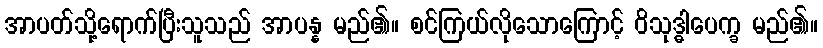
အာပတ်သို့ရောက်ပြီးသူသည် အာပန္န မည်၏။ စင်ကြယ်လိုသောကြောင့် ဝိသုဒ္ဓါပေက္ခ မည်၏။